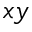
x y